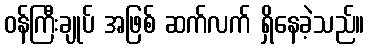
ဝန်ကြီးချုပ် အဖြစ် ဆက်လက် ရှိနေခဲ့သည်။